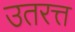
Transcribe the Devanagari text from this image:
उतरत्त